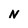
Character: N